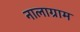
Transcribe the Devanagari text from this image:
नालाग्राम